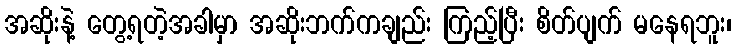
အဆိုးနဲ့ တွေ့ရတဲ့အခါမှာ အဆိုးဘက်ကချည်း ကြည့်ပြီး စိတ်ပျက် မနေရဘူး၊